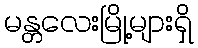
မန္တလေးမြို့များရှိ